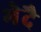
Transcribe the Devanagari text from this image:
भेदै